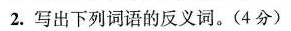
2.写出下列词语的反义词。(4分)